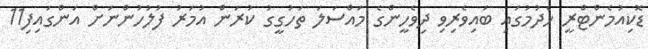
ޑޮކިއުމެންޓްރީ ހެދުމުގައި ބައިވެރިވި ދިވެހީންގެ މައްސަލަ ތަހުގީގު ކުރަން އުމަރު ފުލުހުންނަށް އަންގައިފި11